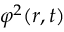
\varphi ^ { 2 } ( \boldsymbol { r } , t )